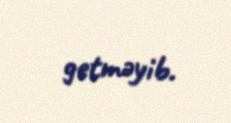
getməyib.